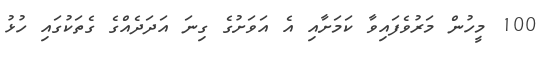
100 މީހުން މަރުވެފައިވާ ކަމަށާއި އެ އަވަށުގެ ގިނަ އަދަދެެއްގެ ގެތަކުގައި ހުޅު